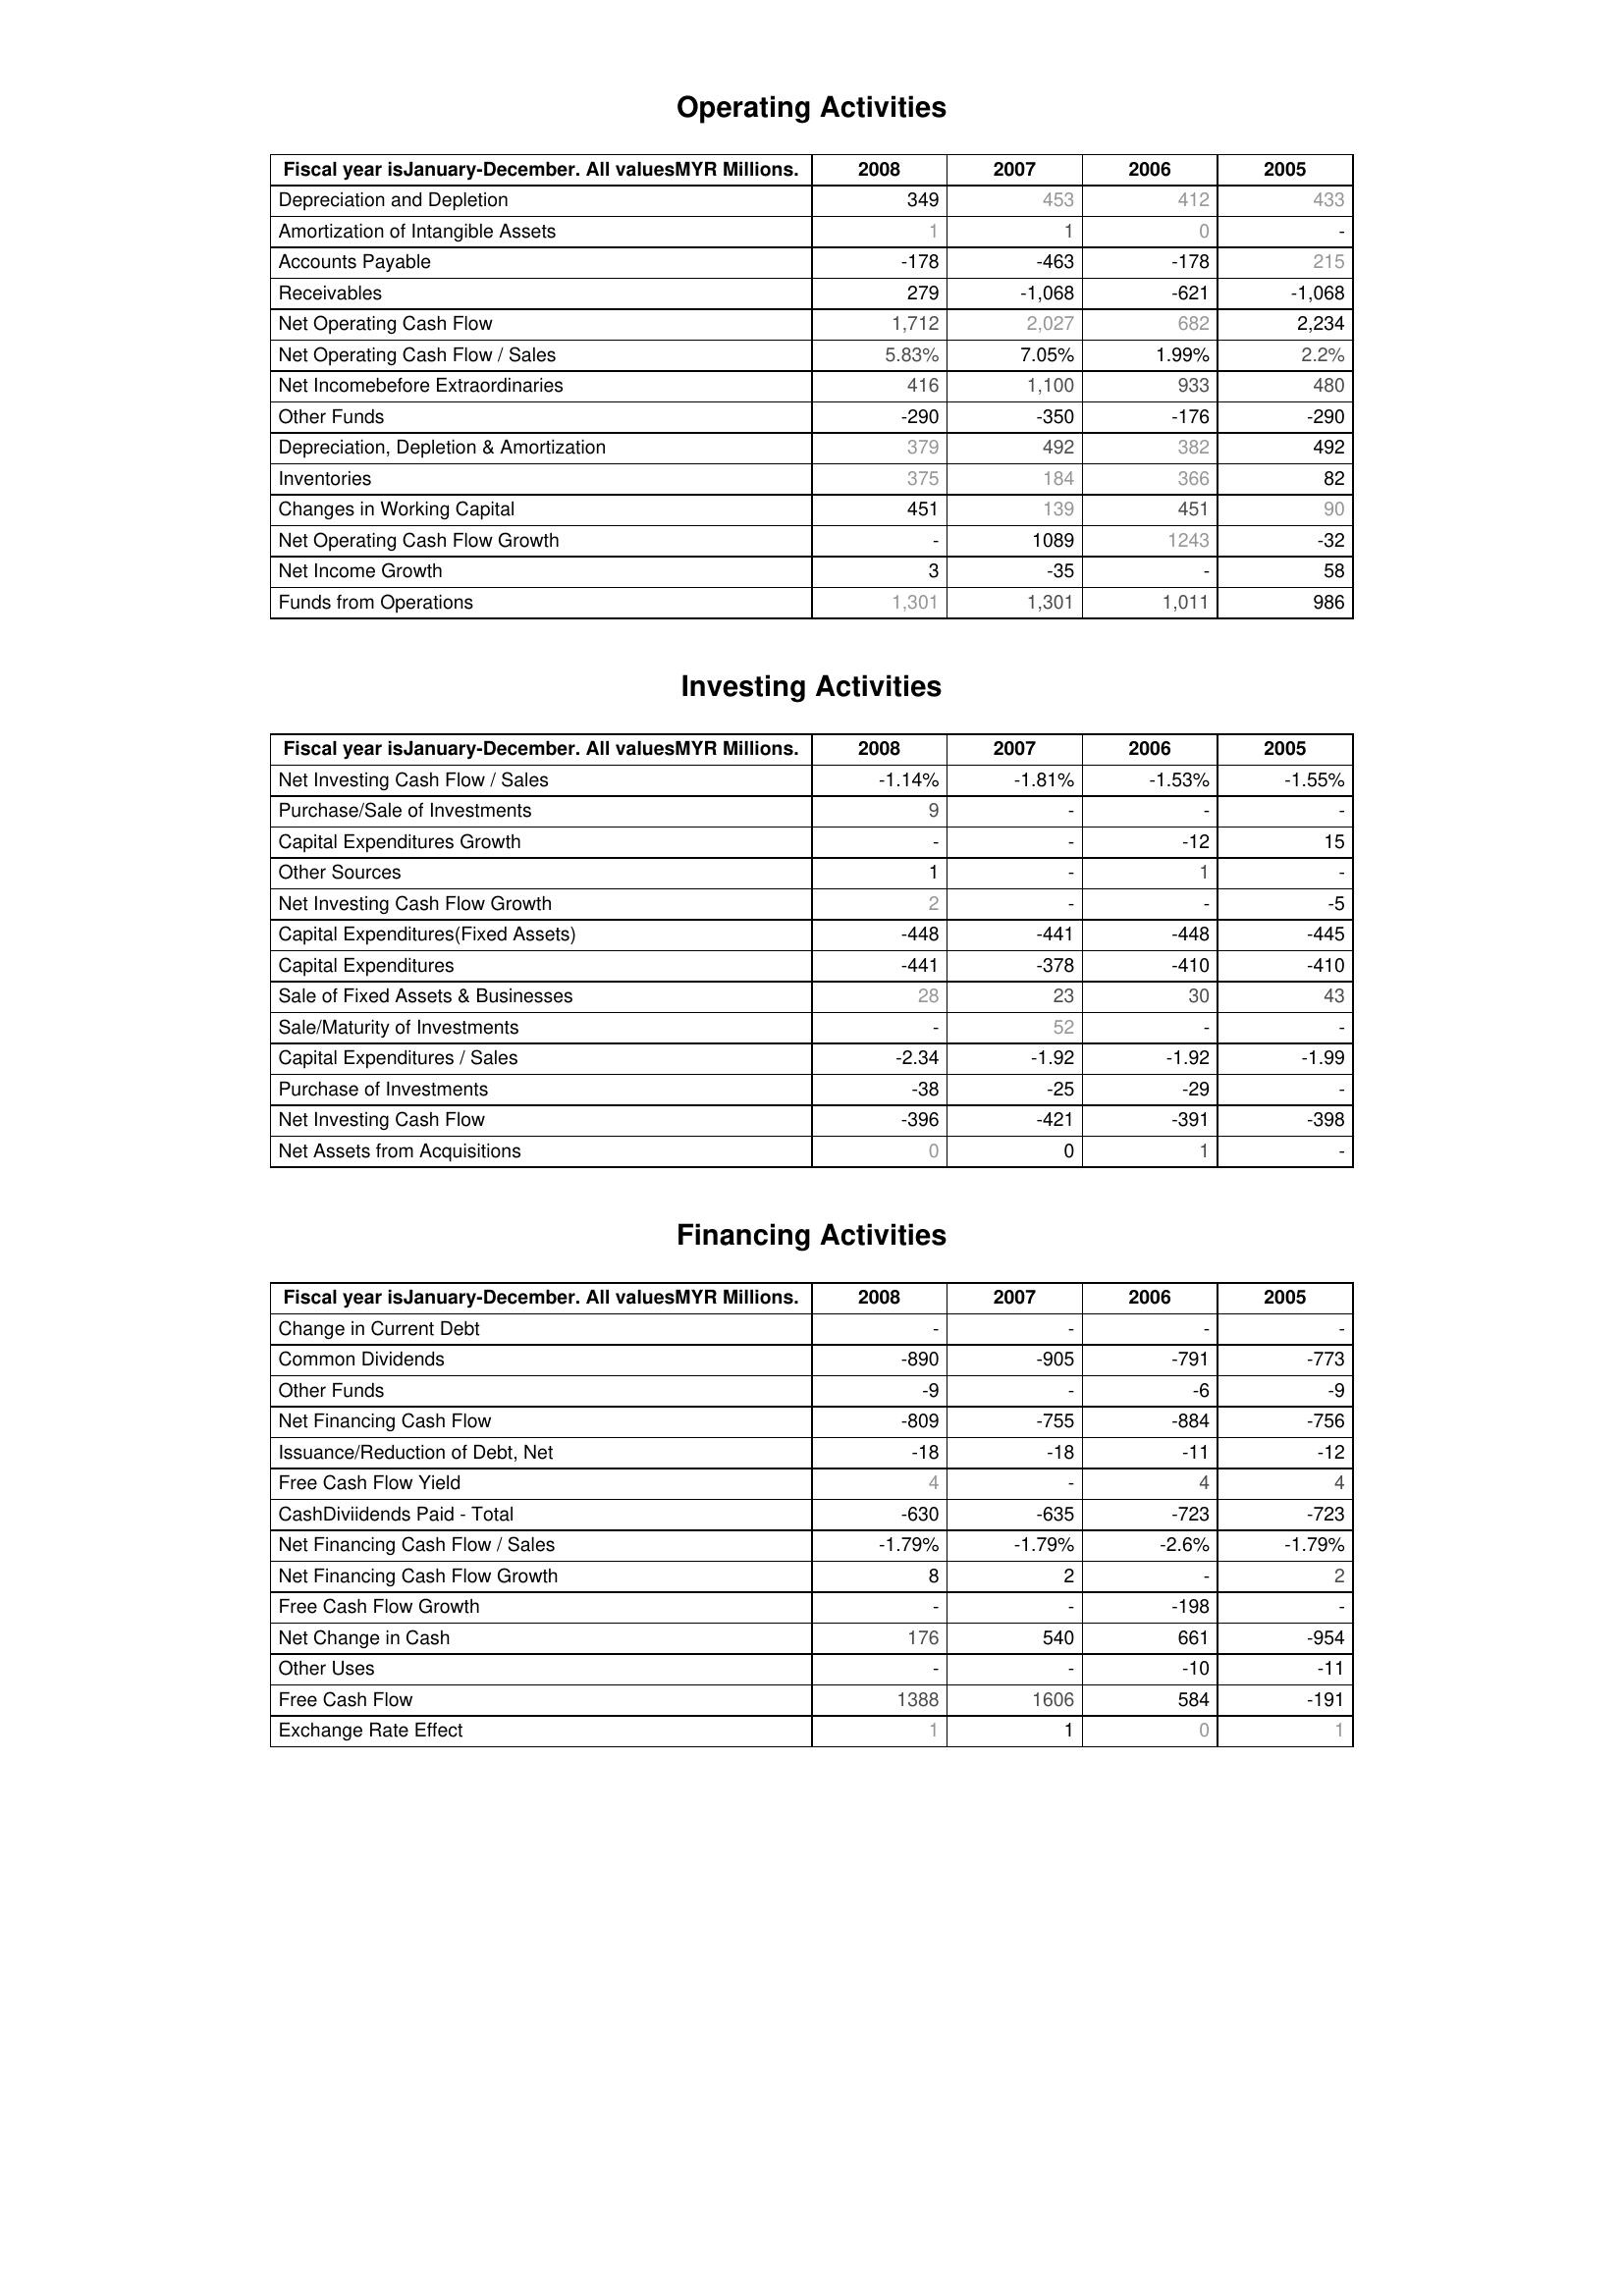
2008: Operating Activities: Depreciation and Depletion: 349
Amortization of Intangible Assets: 1
Accounts Payable: -178
Receivables: 279
Net Operating Cash Flow: 1,712
Net Operating Cash Flow / Sales: 5.83%
Net Incomebefore Extraordinaries: 416
Other Funds: -290
Depreciation, Depletion & Amortization: 379
Inventories: 375
Changes in Working Capital: 451
Net Operating Cash Flow Growth: -
Net Income Growth: 3
Funds from Operations: 1,301
Investing Activities: Net Investing Cash Flow / Sales: -1.14%
Purchase/Sale of Investments: 9
Capital Expenditures Growth: -
Other Sources: 1
Net Investing Cash Flow Growth: 2
Capital Expenditures(Fixed Assets): -448
Capital Expenditures: -441
Sale of Fixed Assets & Businesses: 28
Sale/Maturity of Investments: -
Capital Expenditures / Sales: -2.34
Purchase of Investments: -38
Net Investing Cash Flow: -396
Net Assets from Acquisitions: 0
Financing Activities: Change in Current Debt: -
Common Dividends: -890
Other Funds: -9
Net Financing Cash Flow: -809
Issuance/Reduction of Debt, Net: -18
Free Cash Flow Yield: 4
CashDiviidends Paid - Total: -630
Net Financing Cash Flow / Sales: -1.79%
Net Financing Cash Flow Growth: 8
Free Cash Flow Growth: -
Net Change in Cash: 176
Other Uses: -
Free Cash Flow: 1388
Exchange Rate Effect: 1
2007: Operating Activities: Depreciation and Depletion: 453
Amortization of Intangible Assets: 1
Accounts Payable: -463
Receivables: -1,068
Net Operating Cash Flow: 2,027
Net Operating Cash Flow / Sales: 7.05%
Net Incomebefore Extraordinaries: 1,100
Other Funds: -350
Depreciation, Depletion & Amortization: 492
Inventories: 184
Changes in Working Capital: 139
Net Operating Cash Flow Growth: 1089
Net Income Growth: -35
Funds from Operations: 1,301
Investing Activities: Net Investing Cash Flow / Sales: -1.81%
Purchase/Sale of Investments: -
Capital Expenditures Growth: -
Other Sources: -
Net Investing Cash Flow Growth: -
Capital Expenditures(Fixed Assets): -441
Capital Expenditures: -378
Sale of Fixed Assets & Businesses: 23
Sale/Maturity of Investments: 52
Capital Expenditures / Sales: -1.92
Purchase of Investments: -25
Net Investing Cash Flow: -421
Net Assets from Acquisitions: 0
Financing Activities: Change in Current Debt: -
Common Dividends: -905
Other Funds: -
Net Financing Cash Flow: -755
Issuance/Reduction of Debt, Net: -18
Free Cash Flow Yield: -
CashDiviidends Paid - Total: -635
Net Financing Cash Flow / Sales: -1.79%
Net Financing Cash Flow Growth: 2
Free Cash Flow Growth: -
Net Change in Cash: 540
Other Uses: -
Free Cash Flow: 1606
Exchange Rate Effect: 1
2006: Operating Activities: Depreciation and Depletion: 412
Amortization of Intangible Assets: 0
Accounts Payable: -178
Receivables: -621
Net Operating Cash Flow: 682
Net Operating Cash Flow / Sales: 1.99%
Net Incomebefore Extraordinaries: 933
Other Funds: -176
Depreciation, Depletion & Amortization: 382
Inventories: 366
Changes in Working Capital: 451
Net Operating Cash Flow Growth: 1243
Net Income Growth: -
Funds from Operations: 1,011
Investing Activities: Net Investing Cash Flow / Sales: -1.53%
Purchase/Sale of Investments: -
Capital Expenditures Growth: -12
Other Sources: 1
Net Investing Cash Flow Growth: -
Capital Expenditures(Fixed Assets): -448
Capital Expenditures: -410
Sale of Fixed Assets & Businesses: 30
Sale/Maturity of Investments: -
Capital Expenditures / Sales: -1.92
Purchase of Investments: -29
Net Investing Cash Flow: -391
Net Assets from Acquisitions: 1
Financing Activities: Change in Current Debt: -
Common Dividends: -791
Other Funds: -6
Net Financing Cash Flow: -884
Issuance/Reduction of Debt, Net: -11
Free Cash Flow Yield: 4
CashDiviidends Paid - Total: -723
Net Financing Cash Flow / Sales: -2.6%
Net Financing Cash Flow Growth: -
Free Cash Flow Growth: -198
Net Change in Cash: 661
Other Uses: -10
Free Cash Flow: 584
Exchange Rate Effect: 0
2005: Operating Activities: Depreciation and Depletion: 433
Amortization of Intangible Assets: -
Accounts Payable: 215
Receivables: -1,068
Net Operating Cash Flow: 2,234
Net Operating Cash Flow / Sales: 2.2%
Net Incomebefore Extraordinaries: 480
Other Funds: -290
Depreciation, Depletion & Amortization: 492
Inventories: 82
Changes in Working Capital: 90
Net Operating Cash Flow Growth: -32
Net Income Growth: 58
Funds from Operations: 986
Investing Activities: Net Investing Cash Flow / Sales: -1.55%
Purchase/Sale of Investments: -
Capital Expenditures Growth: 15
Other Sources: -
Net Investing Cash Flow Growth: -5
Capital Expenditures(Fixed Assets): -445
Capital Expenditures: -410
Sale of Fixed Assets & Businesses: 43
Sale/Maturity of Investments: -
Capital Expenditures / Sales: -1.99
Purchase of Investments: -
Net Investing Cash Flow: -398
Net Assets from Acquisitions: -
Financing Activities: Change in Current Debt: -
Common Dividends: -773
Other Funds: -9
Net Financing Cash Flow: -756
Issuance/Reduction of Debt, Net: -12
Free Cash Flow Yield: 4
CashDiviidends Paid - Total: -723
Net Financing Cash Flow / Sales: -1.79%
Net Financing Cash Flow Growth: 2
Free Cash Flow Growth: -
Net Change in Cash: -954
Other Uses: -11
Free Cash Flow: -191
Exchange Rate Effect: 1